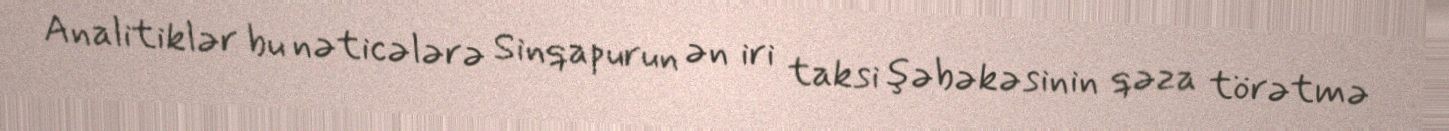
Analitiklər bu nəticələrə Sinqapurun ən iri taksi şəbəkəsinin qəza törətmə